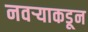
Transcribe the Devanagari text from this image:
नवऱ्याकडून